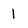
Character: 1